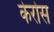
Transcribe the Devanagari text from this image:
केरोस